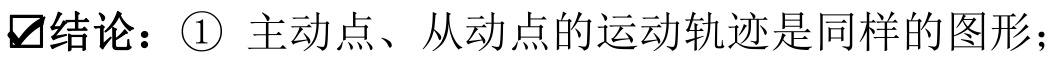
✔结论：\textcircled{1} 主动点、从动点的运动轨迹是同样的图形；